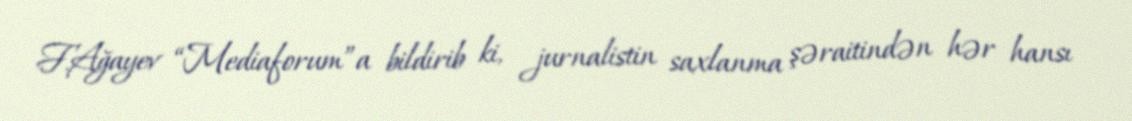
F.Ağayev “Mediaforum”a bildirib ki, jurnalistin saxlanma şəraitindən hər hansı